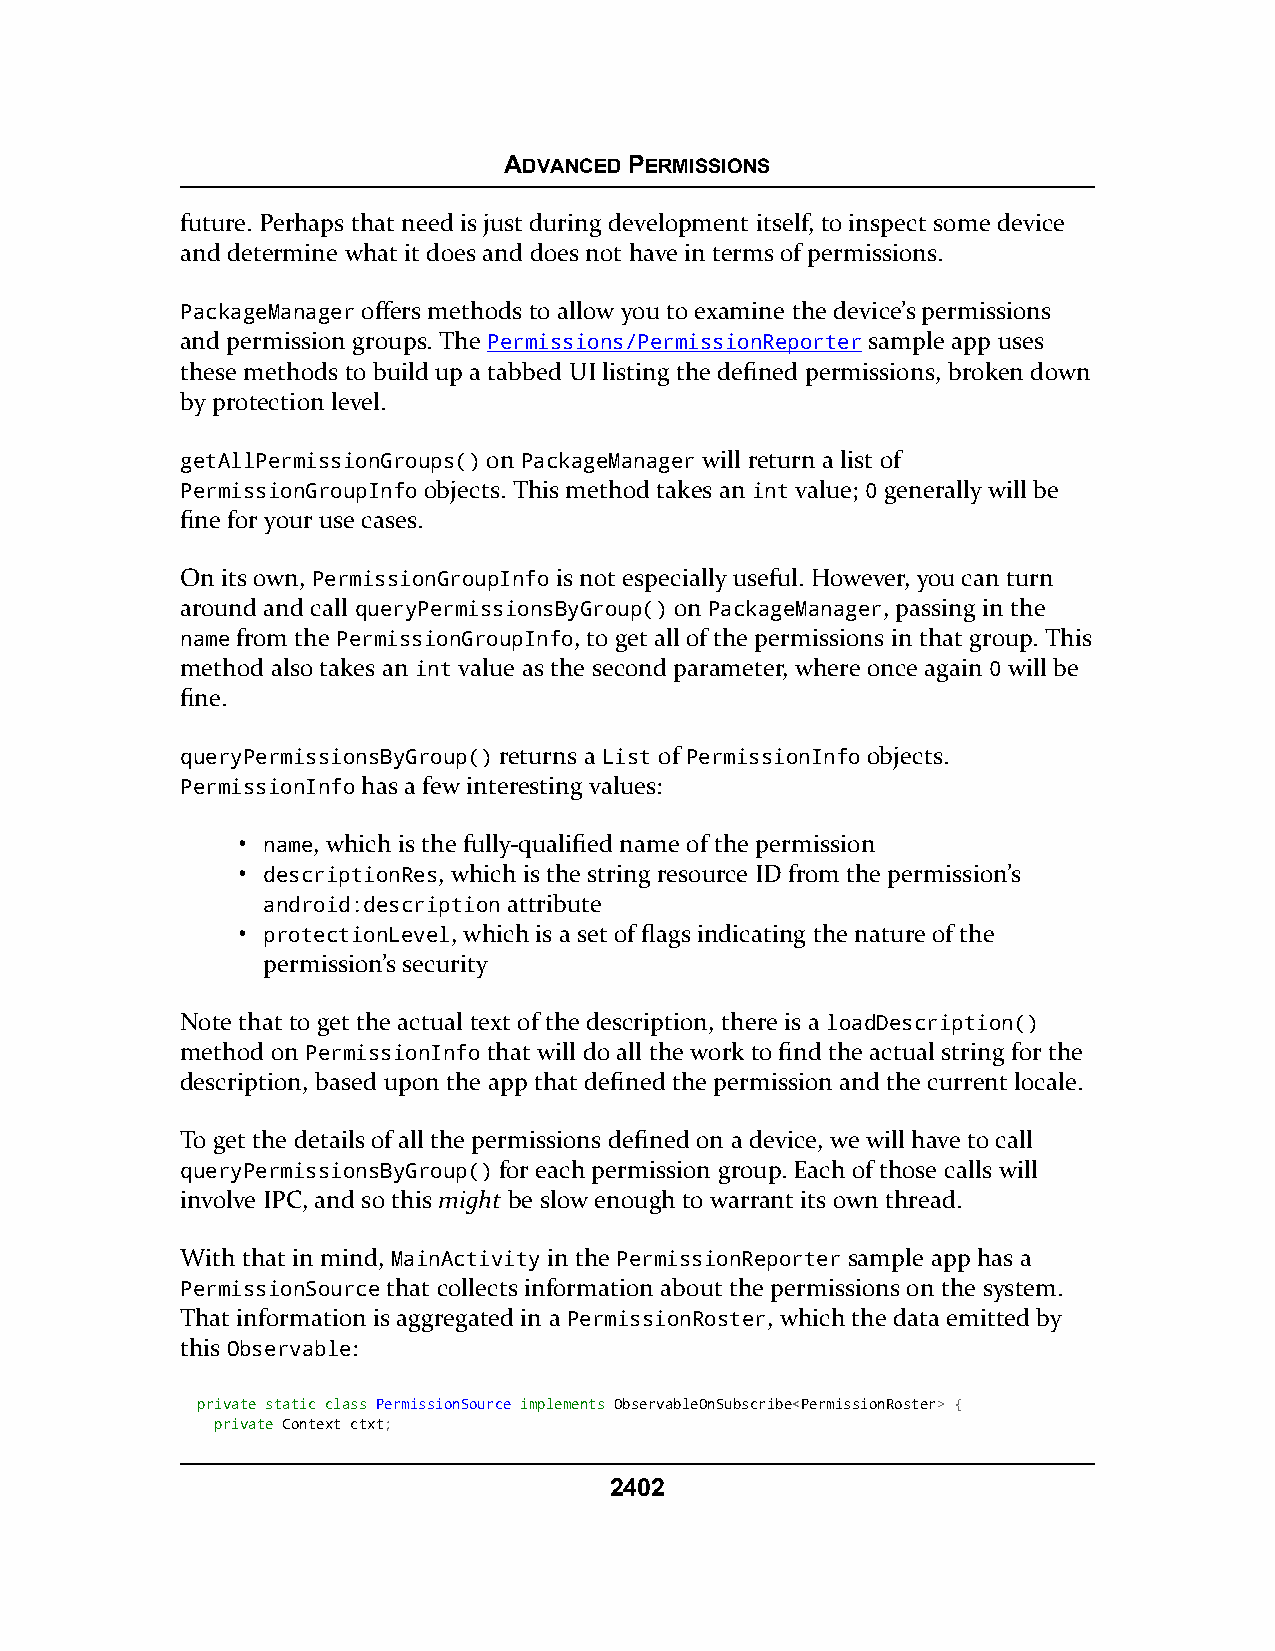
ADVANCED PERMISSIONS
 future. Perhaps that need is just during development itself, to inspect some device
 and determine what it does and does not have in terms of permissions.
 PackageManager offers methods to allow you to examine the device’s permissions
 and permission groups. The Permissions/PermissionReporter sample app uses
 these methods to build up a tabbed UI listing the defined permissions, broken down
 by protection level.
 getAllPermissionGroups() on PackageManager will return a list of
 PermissionGroupInfo objects. This method takes an int value; 0 generally will be
 fine for your use cases.
 On its own, PermissionGroupInfo is not especially useful. However, you can turn
 around and call queryPermissionsByGroup() on PackageManager, passing in the
 name from the PermissionGroupInfo, to get all of the permissions in that group. This
 method also takes an int value as the second parameter, where once again 0 will be
 fine.
 queryPermissionsByGroup() returns a List of PermissionInfo objects.
 PermissionInfo has a few interesting values:
 • name, which is the fully-qualified name of the permission
 • descriptionRes, which is the string resource ID from the permission’s
 android:description attribute
 • protectionLevel, which is a set of flags indicating the nature of the
 permission’s security
 Note that to get the actual text of the description, there is a loadDescription()
 method on PermissionInfo that will do all the work to find the actual string for the
 description, based upon the app that defined the permission and the current locale.
 To get the details of all the permissions defined on a device, we will have to call
 queryPermissionsByGroup() for each permission group. Each of those calls will
 involve IPC, and so this might be slow enough to warrant its own thread.
 With that in mind, MainActivity in the PermissionReporter sample app has a
 PermissionSource that collects information about the permissions on the system.
 That information is aggregated in a PermissionRoster, which the data emitted by
 this Observable:
 pprriivvaattee ssttaattiicc ccllaassss PPeerrmmiissssiioonnSSoouurrccee iimmpplleemmeennttss ObservableOnSubscribe<PermissionRoster> {
 pprriivvaattee Context ctxt;
 2402